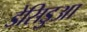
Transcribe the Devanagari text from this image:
डेसिडुआ